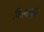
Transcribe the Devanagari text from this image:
विस्वयुद्ध